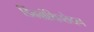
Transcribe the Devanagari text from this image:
डिंबग्रंथिच्छेदन